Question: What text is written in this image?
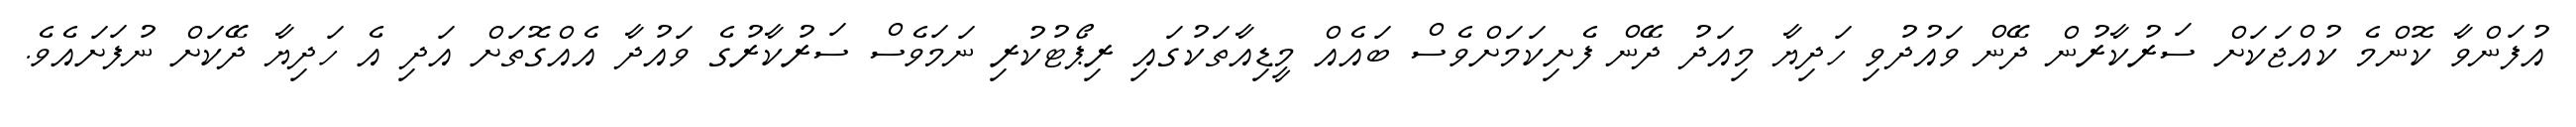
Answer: އުފަންވާ ކޮންމެ ކުއްޖަކަށް ސަރުކާރުން ދޭން ވައުދުވި ހަދިޔާ މިއަދު ދޭން ފެށިކަމަށްވެސް ބައެއް މީޑިއާތަކުގައި ރިޕޯޓުކުރި ނަމަވެސް ސަރުކާރުގެ ވައުދާ އެއްގޮތަށް އަދި އެ ހަދިޔާ ދޭކަށް ނުފަށައެވެ.